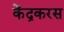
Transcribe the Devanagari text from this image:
केंद्रकरस